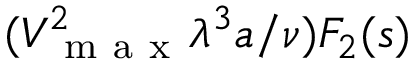
( V _ { \mathrm { ~ m ~ a ~ x ~ } } ^ { 2 } \lambda ^ { 3 } a / \nu ) F _ { 2 } ( s )